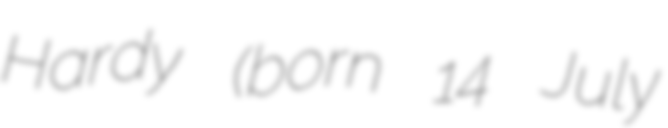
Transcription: Hardy (born 14 July